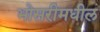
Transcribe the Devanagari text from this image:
भोसरीमधील